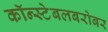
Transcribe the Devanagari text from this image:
कॉन्स्टेबलबरोबर